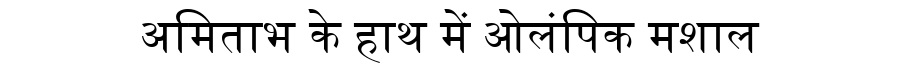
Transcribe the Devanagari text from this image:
अमिताभ के हाथ में ओलंपिक मशाल